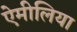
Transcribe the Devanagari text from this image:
ऐमीलिया